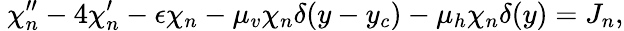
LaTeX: ~\chi_{n}^{\prime\prime}-4\chi_{n}^{\prime}-\epsilon\chi_{n}-\mu_{v}\chi_{n}\delta(y-y_{c})-\mu_{h}\chi_{n}\delta(y)=J_{n},